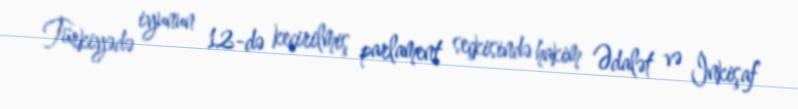
Türkiyədə iyunun 12-də keçirilmiş parlament seçkisində hakim Ədalət və İnkişaf